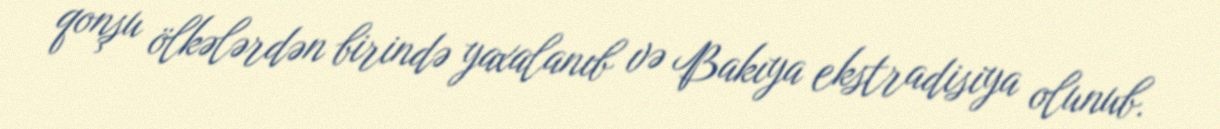
qonşu ölkələrdən birində yaxalanıb və Bakıya ekstradisiya olunub.